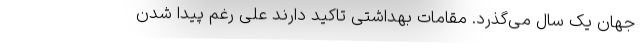
جهان یک سال می‌گذرد. مقامات بهداشتی تاکید دارند علی رغم پیدا شدن